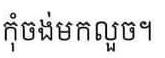
កុំចង់មកលួច។